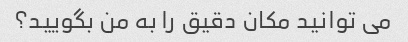
می توانید مکان دقیق را به من بگویید؟